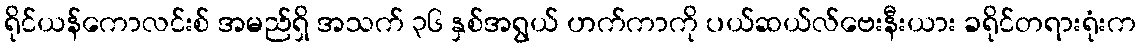
ရိုင်ယန်ကောလင်းစ် အမည်ရှိ အသက် ၃၆ နှစ်အရွယ် ဟက်ကာကို ပယ်ဆယ်လ်ဗေးနီးယား ခရိုင်တရားရုံးက